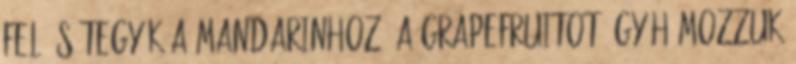
fel és tegyük a mandarinhoz. A grapefruitot úgy hámozzuk